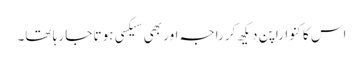
اس کا کنواراپن دیکھ کر راجہ اور بھی سیکسی ہوتا جا رہا تھا۔